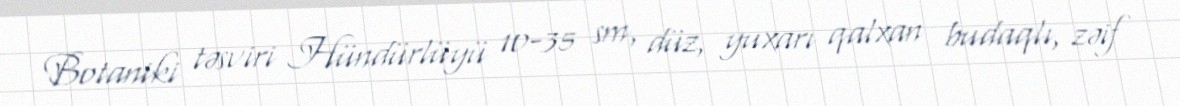
Botaniki təsviri Hündürlüyü 10-35 sm, düz, yuxarı qalxan budaqlı, zəif